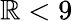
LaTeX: \mathbb{R}<9